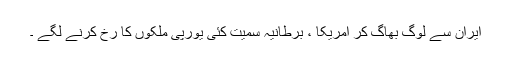
ایران سے لوگ بھاگ کر امریکا ، برطانیہ سمیت کئی یورپی ملکوں کا رخ کرنے لگے ۔